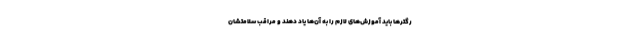
رگترها باید آموزش‌های لازم را به آن‌ها یاد دهند و مراقب سلامتشان